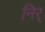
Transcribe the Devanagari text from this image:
निर्